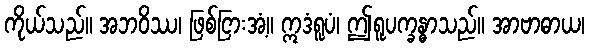
ကိုယ်သည်။ အဘဝိဿ၊ ဖြစ်ငြားအံ့။ ဣဒံရူပံ၊ ဤရူပက္ခန္ဓာသည်။ အာဗာဓာယ၊